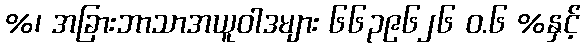
%၊ အခြားဘာသာအယူဝါဒများ ၆၆၃၉၆၂၆ ဝ.၆ %နှင့်